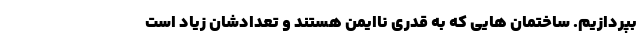
بپردازیم. ساختمان هایی که به قدری ناایمن هستند و تعدادشان زیاد است